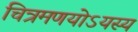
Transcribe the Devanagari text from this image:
चित्रमणयोऽयस्य